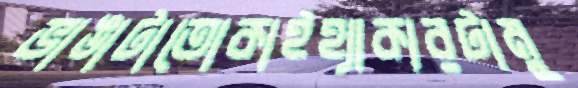
ভাঙাটাতোকাইহ্যাকারটামু